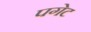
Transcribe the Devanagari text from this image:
पगेट